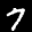
Label: 7